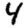
Digit: 4